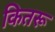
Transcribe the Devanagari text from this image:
कितरू